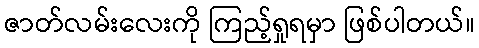
ဇာတ်လမ်းလေးကို ကြည့်ရှုရမှာ ဖြစ်ပါတယ်။